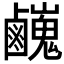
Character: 𪊃